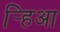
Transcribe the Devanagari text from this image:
र्‍हिआ